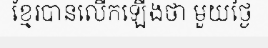
ខ្មែរបានលើកឡើងថា មួយថ្ងៃ